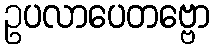
ဥပလာပေတဗ္ဗော